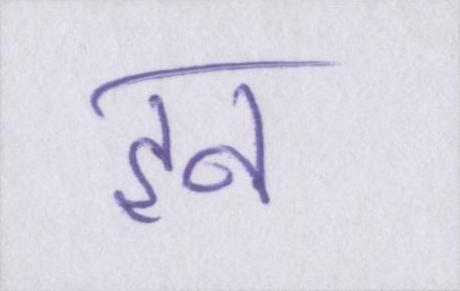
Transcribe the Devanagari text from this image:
इन